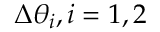
\Delta \theta _ { i } , i = 1 , 2